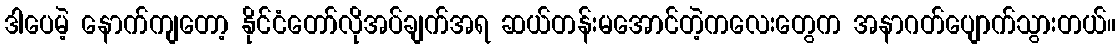
ဒါပေမဲ့ နောက်ကျတော့ နိုင်ငံတော်လိုအပ်ချက်အရ ဆယ်တန်းမအောင်တဲ့ကလေးတွေက အနာဂတ်ပျောက်သွားတယ်။